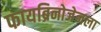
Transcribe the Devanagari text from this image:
फायब्रिनोजेनला